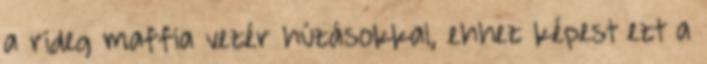
a rideg maffia vezér húzásokkal, ehhez képest ezt a